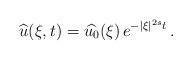
LaTeX: \begin{align*}\widehat{u}(\xi,t)=\widehat{u_0}(\xi)\,e^{-|\xi|^{2s}t}\,.\end{align*}